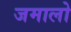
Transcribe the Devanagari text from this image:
जमालो